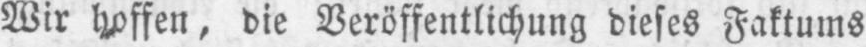
Wir hoffen, die Veröffentlichung dieses Faktums